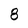
Character: 8